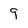
Character: 9